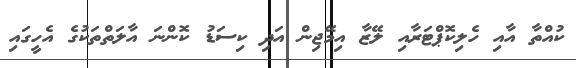
ކުއްތާ އާއި ހެލިކޮޕްޓަރާއި ލޭޒާ އިމޭޖިން އަދި ކިސަޑު ކޮންނަ އާލަތްތަކުގެ އެހީގައި